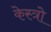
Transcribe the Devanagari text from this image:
केस्त्रो